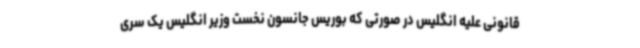
قانونی علیه انگلیس در صورتی که بوریس جانسون نخست وزیر انگلیس یک سری